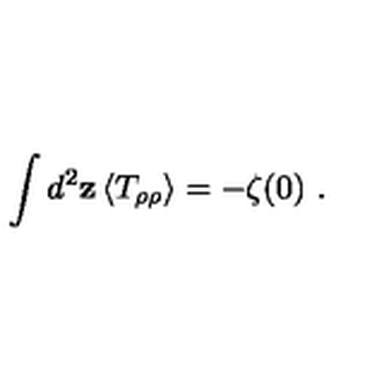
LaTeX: \int d ^ { 2 } { \bf z } \left< T _ { \rho \rho } \right> = - \zeta ( 0 ) \ .